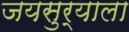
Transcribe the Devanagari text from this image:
जयसुर्याला